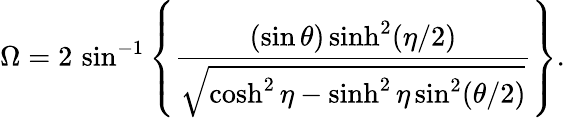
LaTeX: \Omega=2\, \sin^{-1}\left\{ {\frac{(\sin\theta)\sinh^{2}(\eta/2)}{\sqrt{\cosh^{2}\eta-\sinh^{2}\eta\sin^{2}(\theta/2)}}}\right\} .